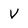
Character: V